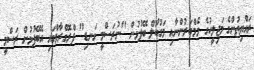
ރައްޔިތުންގެ މަޖިލީހުގެ މެމްބަރުންނާއި މަގުބޫލް ބޭފުޅުން "ނުރަސްމީ ގަނޑި" ޕްރޮގްރާމްގައި އެބޭފުޅުން ރަސްމީ